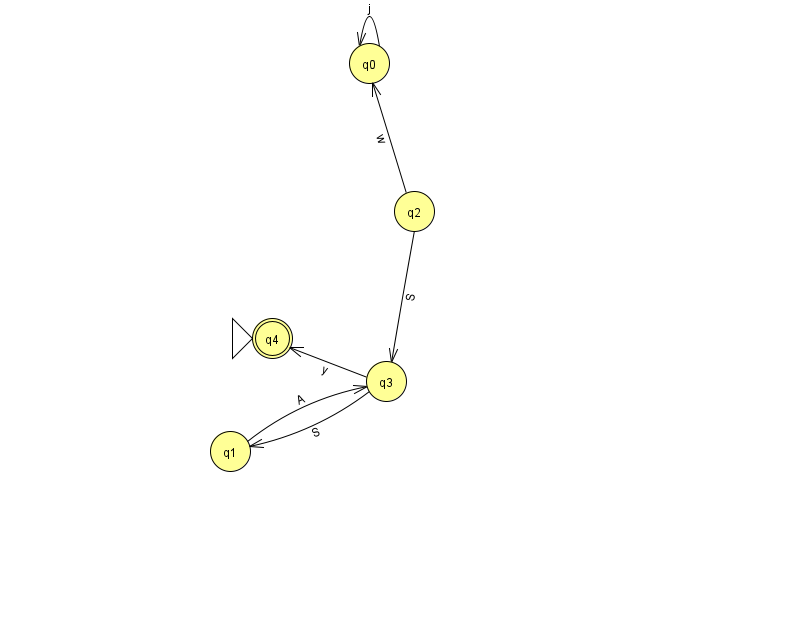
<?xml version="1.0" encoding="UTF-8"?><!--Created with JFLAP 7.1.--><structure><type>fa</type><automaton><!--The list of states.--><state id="0" name="q0"><x>369.0</x><y>50.0</y></state><state id="1" name="q1"><x>230.0</x><y>438.0</y></state><state id="2" name="q2"><x>414.0</x><y>198.0</y></state><state id="3" name="q3"><x>386.0</x><y>368.0</y></state><state id="4" name="q4"><x>272.0</x><y>325.0</y><initial/><final/></state><!--The list of transitions.--><transition><from>3</from><to>4</to><read>y</read></transition><transition><from>3</from><to>1</to><read>S</read></transition><transition><from>0</from><to>0</to><read>j</read></transition><transition><from>1</from><to>3</to><read>A</read></transition><transition><from>2</from><to>0</to><read>w</read></transition><transition><from>2</from><to>3</to><read>S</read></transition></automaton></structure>